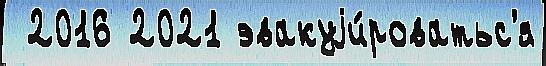
 2016 2021 эвакуjи́роватьс'я